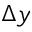
\Delta y